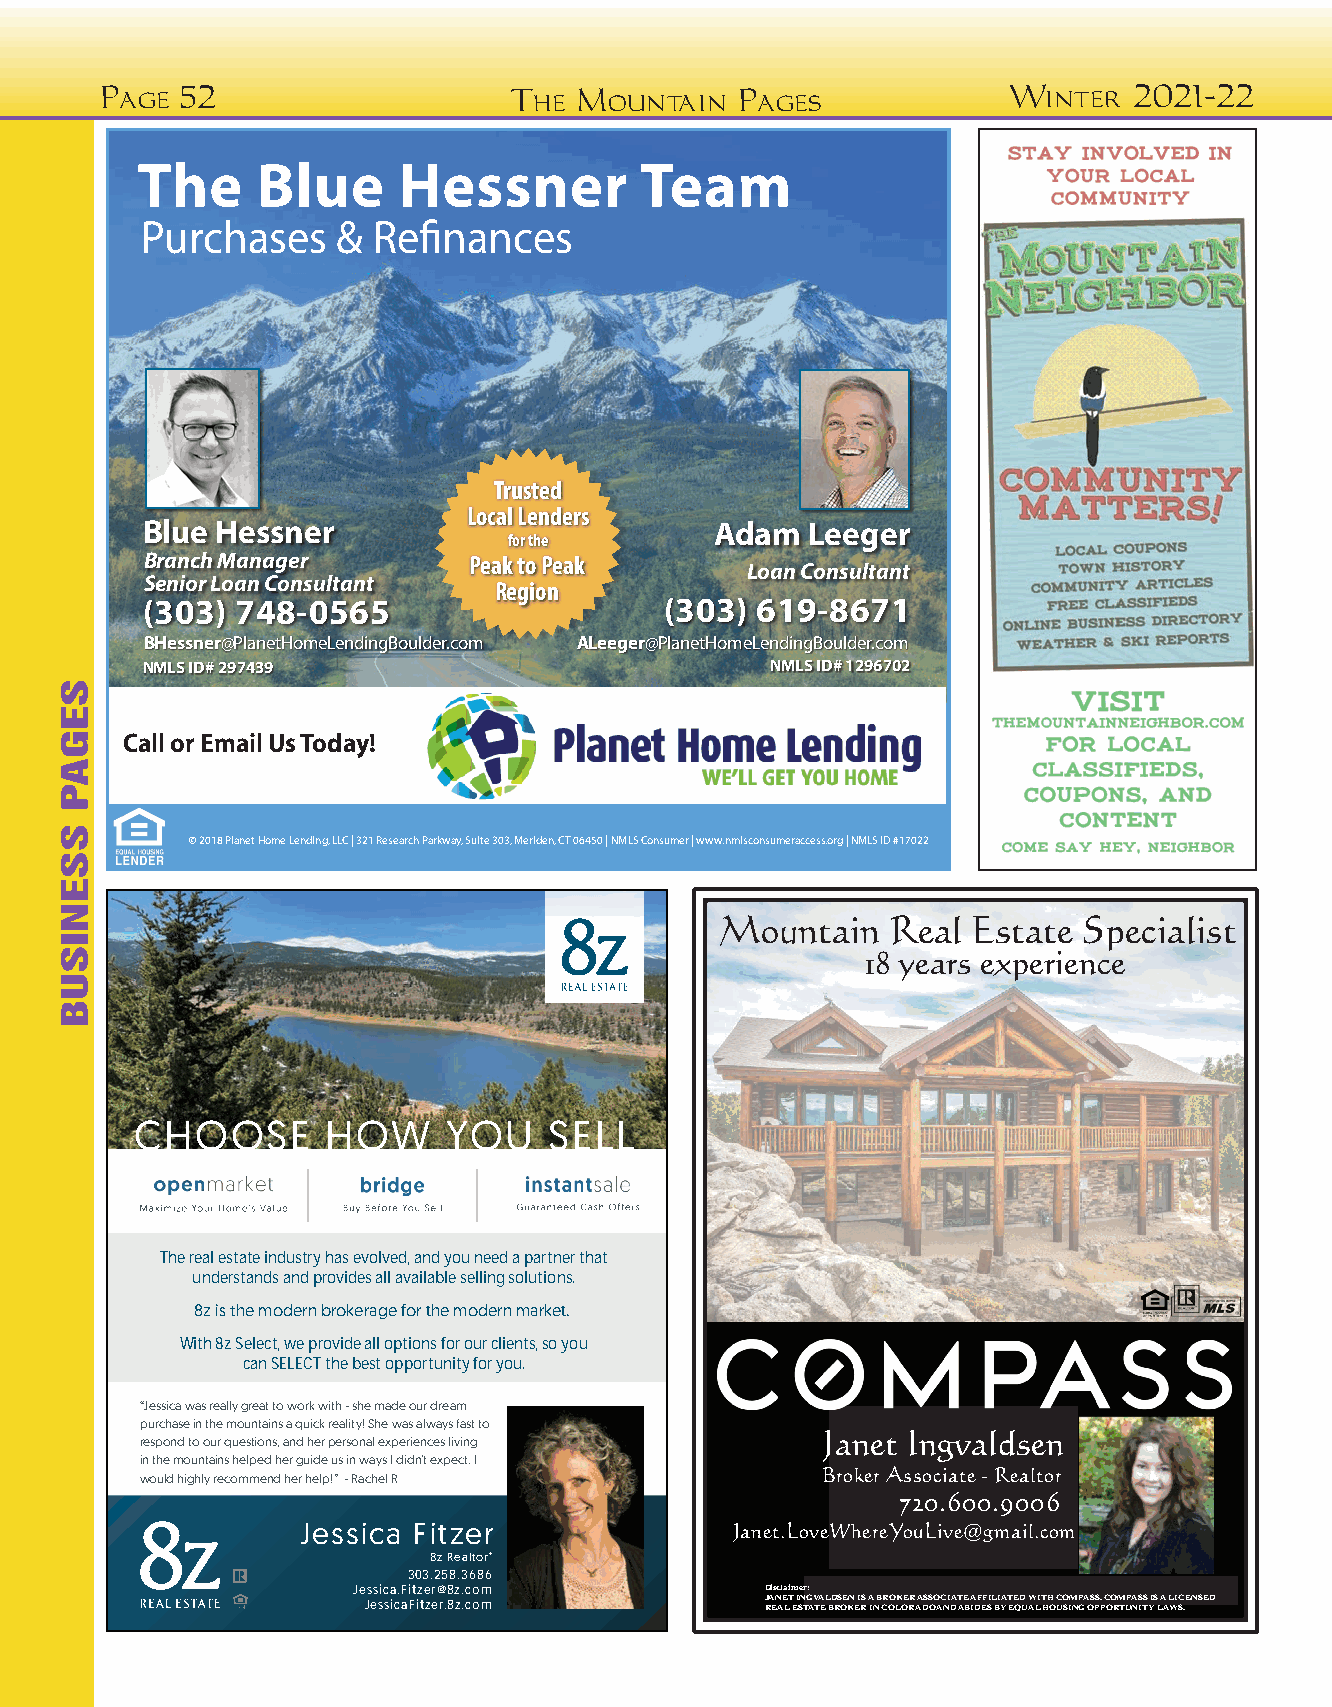
Page 52                    The Mountain   Pages             Winter  2021-22
 The     Blue     Hessner         Team
 Purchases    &  Refinances
 Trusted
 Local Lenders
 Blue Hessner                          Adam  Leeger
 for the
 Branch Manager       Peak to Peak
 Loan Consultant
 Senior Loan Consultant
 Region
 (303)  748-0565                    (303) 619-8671
 BHessner@PlanetHomeLendingBoulder.com ALeeger@PlanetHomeLendingBoulder.com
 NMLS ID# 297439                           NMLS ID# 1296702
 Call or Email Us Today!
 © 2018 Planet Home Lending, LLC | 321 Research Parkway, Suite 303, Meriden, CT 06450 | NMLS Consumer | www.nmlsconsumeraccess.org | NMLS ID #17022
 Mountain   Real Estate  Specialist
 18 years experience
 CHOOSE      HOW     YOU    SELL
 Thereal estate industry has evolved, and you need a partner that
 understands and provides all available selling solutions.
 8z is the modern brokerage for the modern market.
 With 8z Select,we provide all options for our clients, so you
 can SELECT the best opportunityforyou.
 “Jessica was really great to work with - she made our dream
 purchase in the mountains a quick reality! She was always fast to
 Janet Ingvaldsen
 respond to our questions, and her personal experiences living
 in the mountains helped her guide us in ways I didn’t expect. I
 Broker Associate - Realtor
 would highly recommend her help!” - Rachel R
 720.600.9006
 Jessica Fitzer              Janet.LoveWhereYouLive@gmail.com
 8z Realtor®
 303.258.3686
 Jessica.Fitzer@8z.com       Disclaimer:
 JessicaFitzer.8z.com       J RA EN AE LT E I SN TG AV TA EL BD RS OE KN E I RS A IN B CR OO LK OE RR A A DS OSO AC NI DA T AE B A IDF EF SIL BI YA T EE QD U W ALI T HH O C UO SIM NP GA OSS P. P C OO RM TUPA NS ITS YIS L A A WLI SC .ENSED
 SEGAP
 SSENISUB